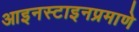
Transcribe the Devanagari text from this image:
आइनस्टाइनप्रमाणे